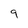
Character: 9